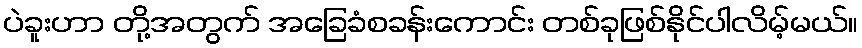
ပဲခူးဟာ တို့အတွက် အခြေခံစခန်းကောင်း တစ်ခုဖြစ်နိုင်ပါလိမ့်မယ်။